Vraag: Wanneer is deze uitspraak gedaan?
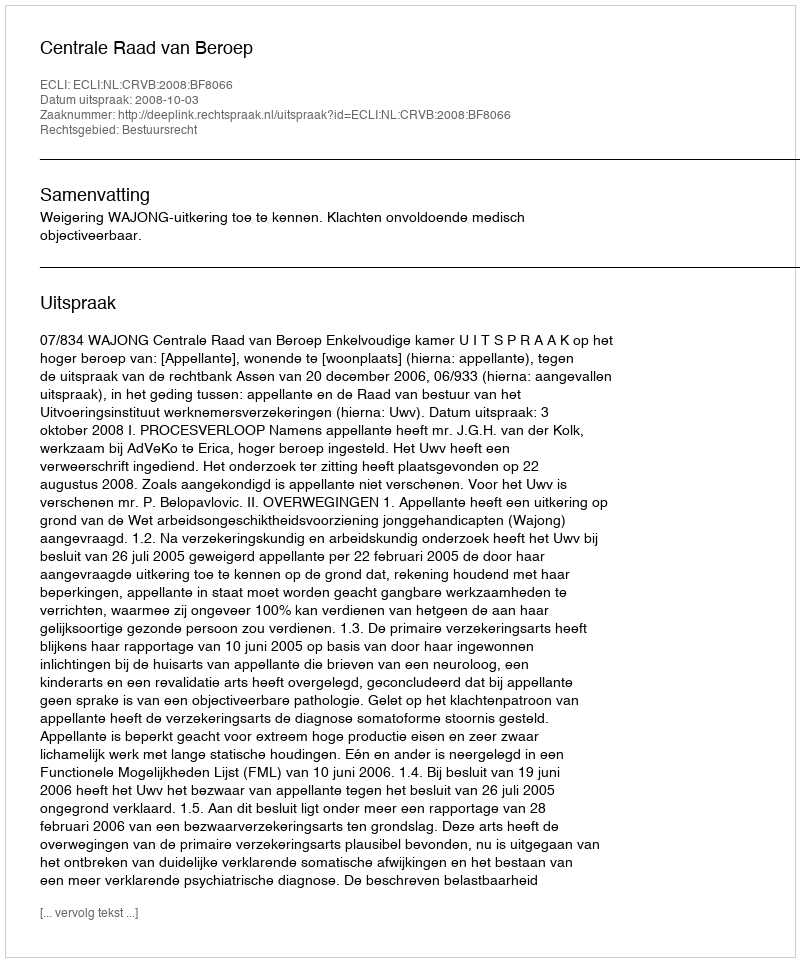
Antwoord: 2008-10-03